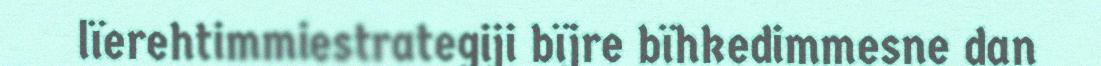
lïerehtimmiestrategiji bïjre bïhkedimmesne dan